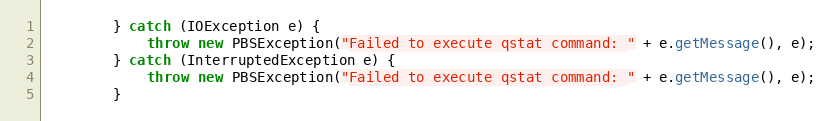
Language: Java
        } catch (IOException e) {
            throw new PBSException("Failed to execute qstat command: " + e.getMessage(), e);
        } catch (InterruptedException e) {
            throw new PBSException("Failed to execute qstat command: " + e.getMessage(), e);
        }